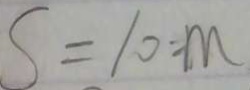
S = 1 0 m